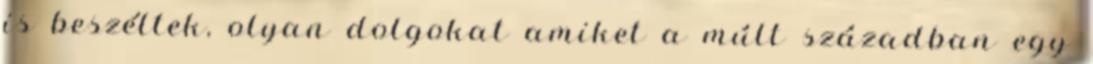
is beszéltek, olyan dolgokat amiket a múlt században egy